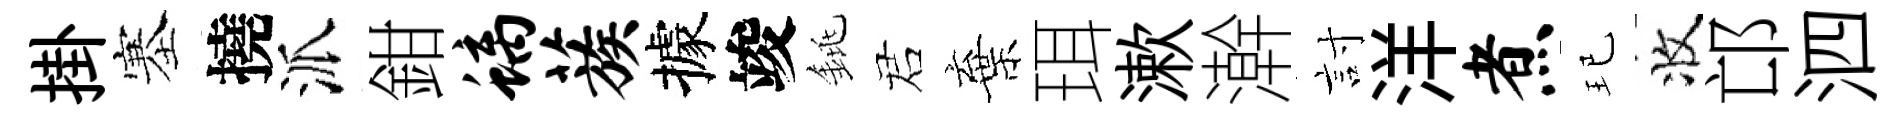
掛塞撓派鉗螭蔟據竣銚诺棄珥漱澣討洋煮玘收邙泗